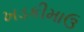
ખડકીમાઉ